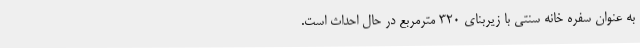
به عنوان سفره خانه سنتی با زیربنای 320 مترمربع در حال احداث است.